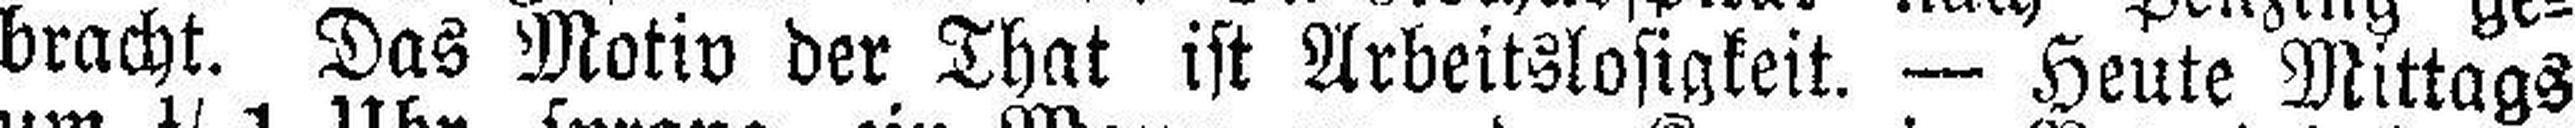
bracht. Das Motiv der That ist Arbeitslosigkeit. — Heute Mittags